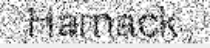
Harnack